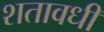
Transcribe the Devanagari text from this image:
शतावधी